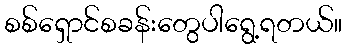
စစ်ရှောင်စခန်းတွေပါရွေ့ရတယ်။